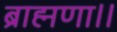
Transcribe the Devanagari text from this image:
ब्राह्मणा।।